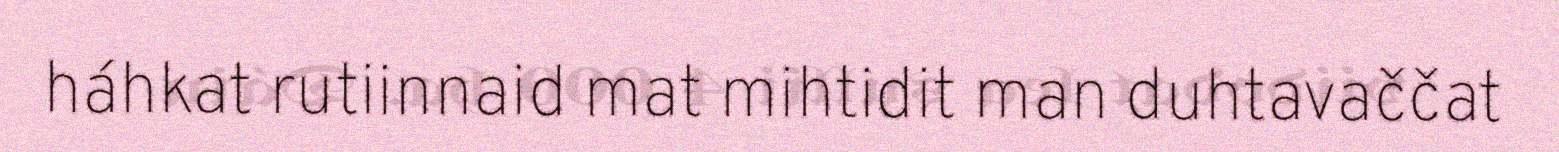
háhkat rutiinnaid mat mihtidit man duhtavaččat